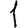
Digit: 1